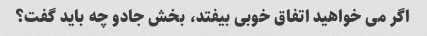
اگر می خواهید اتفاق خوبی بیفتد، بخش جادو چه باید گفت؟